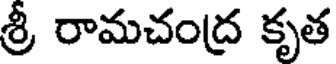
శ్రీ రామచంద్ర కృత